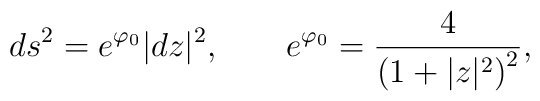
ds^2=e^{\varphi_0}|dz|^2,\qquad e^{\varphi_0}={4\over \left(1+|z|^2\right)^2},